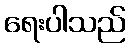
ရေးပါသည်